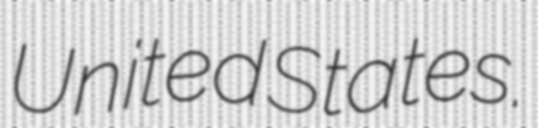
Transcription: United States.